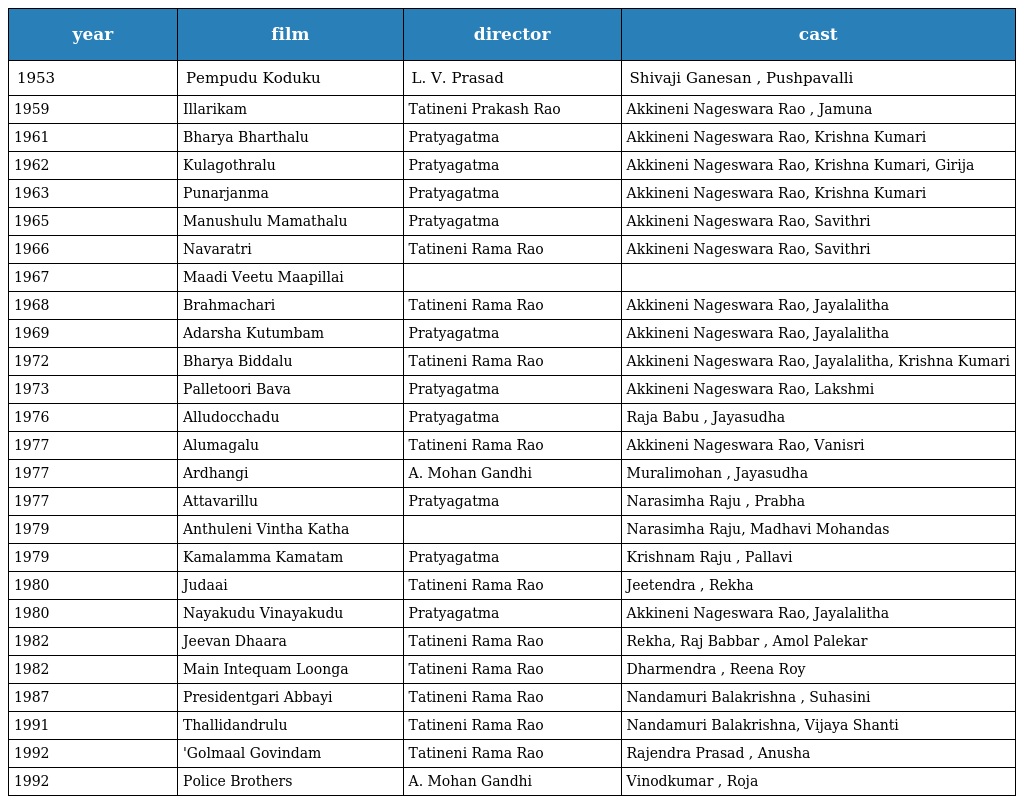
| year | film | director | cast |
 | --- | --- | --- | --- |
 | 1953 | Pempudu Koduku | L. V. Prasad | Shivaji Ganesan , Pushpavalli |
 | 1959 | Illarikam | Tatineni Prakash Rao | Akkineni Nageswara Rao , Jamuna |
 | 1961 | Bharya Bharthalu | Pratyagatma | Akkineni Nageswara Rao, Krishna Kumari |
 | 1962 | Kulagothralu | Pratyagatma | Akkineni Nageswara Rao, Krishna Kumari, Girija |
 | 1963 | Punarjanma | Pratyagatma | Akkineni Nageswara Rao, Krishna Kumari |
 | 1965 | Manushulu Mamathalu | Pratyagatma | Akkineni Nageswara Rao, Savithri |
 | 1966 | Navaratri | Tatineni Rama Rao | Akkineni Nageswara Rao, Savithri |
 | 1967 | Maadi Veetu Maapillai |  |  |
 | 1968 | Brahmachari | Tatineni Rama Rao | Akkineni Nageswara Rao, Jayalalitha |
 | 1969 | Adarsha Kutumbam | Pratyagatma | Akkineni Nageswara Rao, Jayalalitha |
 | 1972 | Bharya Biddalu | Tatineni Rama Rao | Akkineni Nageswara Rao, Jayalalitha, Krishna Kumari |
 | 1973 | Palletoori Bava | Pratyagatma | Akkineni Nageswara Rao, Lakshmi |
 | 1976 | Alludocchadu | Pratyagatma | Raja Babu , Jayasudha |
 | 1977 | Alumagalu | Tatineni Rama Rao | Akkineni Nageswara Rao, Vanisri |
 | 1977 | Ardhangi | A. Mohan Gandhi | Muralimohan , Jayasudha |
 | 1977 | Attavarillu | Pratyagatma | Narasimha Raju , Prabha |
 | 1979 | Anthuleni Vintha Katha |  | Narasimha Raju, Madhavi Mohandas |
 | 1979 | Kamalamma Kamatam | Pratyagatma | Krishnam Raju , Pallavi |
 | 1980 | Judaai | Tatineni Rama Rao | Jeetendra , Rekha |
 | 1980 | Nayakudu Vinayakudu | Pratyagatma | Akkineni Nageswara Rao, Jayalalitha |
 | 1982 | Jeevan Dhaara | Tatineni Rama Rao | Rekha, Raj Babbar , Amol Palekar |
 | 1982 | Main Intequam Loonga | Tatineni Rama Rao | Dharmendra , Reena Roy |
 | 1987 | Presidentgari Abbayi | Tatineni Rama Rao | Nandamuri Balakrishna , Suhasini |
 | 1991 | Thallidandrulu | Tatineni Rama Rao | Nandamuri Balakrishna, Vijaya Shanti |
 | 1992 | 'Golmaal Govindam | Tatineni Rama Rao | Rajendra Prasad , Anusha |
 | 1992 | Police Brothers | A. Mohan Gandhi | Vinodkumar , Roja |